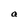
Character: a